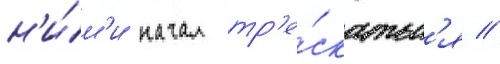
н'и́м'и начал тр'е́скатьс'я //